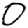
Digit: 0